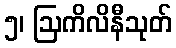
၅၊ ဩကိလိနီသုတ်